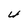
Character: 4